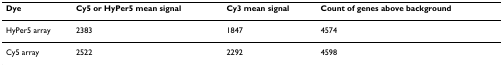
| Dye | Cy5 or HyPer5 mean signal | Cy3 mean signal | Count of genes above background |
 | --- | --- | --- | --- |
 | HyPer5 array | 2383 | 1847 | 4574 |
 | Cy5 array | 2522 | 2292 | 4598 |